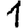
Digit: 1